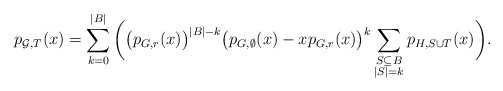
\begin{align*}p_{\mathcal{G},T}(x)=\sum_{k=0}^{|B|}\bigg(\big(p_{G,r}(x)\big)^{|B|-k}\big(p_{G,\emptyset}(x)-xp_{G,r}(x)\big)^{k}\sum_{\substack{S\subseteq B\\|S|=k}}p_{H,S\cup T}(x)\bigg).\end{align*}